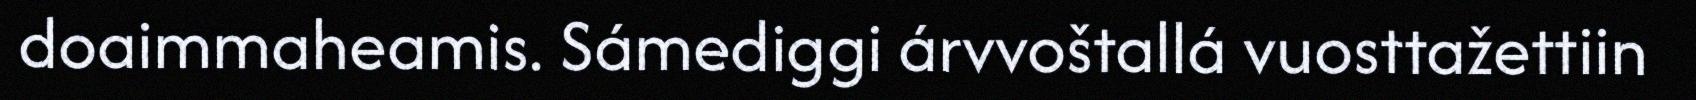
doaimmaheamis. Sámediggi árvvoštallá vuosttažettiin